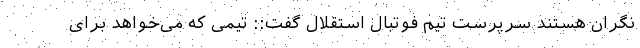
نگران هستند سرپرست تیم فوتبال استقلال گفت:: تیمی که می‌خواهد برای